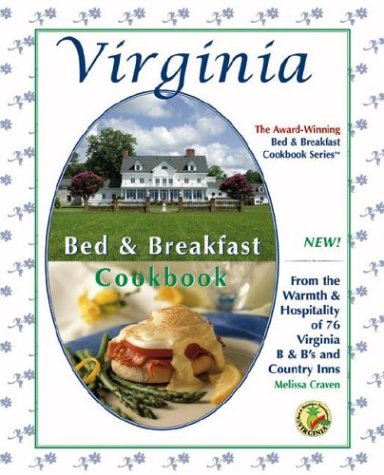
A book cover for Virginia Bed & Breakfast Cookbook: From the Warmth & Hospitality of 76 Virginia B&B's and Country Inns (The Bed & Breakfast Cookbook Series); Melissa Craven; Travel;